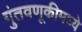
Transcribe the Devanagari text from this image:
गुंतवणूकीमध्ये